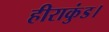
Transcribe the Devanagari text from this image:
हीराकुंड।